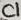
Text: C1